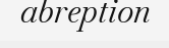
abreption